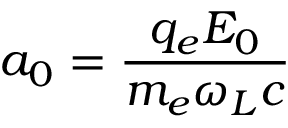
a _ { 0 } = \frac { q _ { e } E _ { 0 } } { m _ { e } \omega _ { L } c }